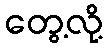
တွေ့လို့